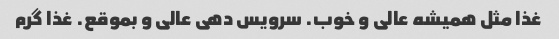
غذا مثل همیشه عالی و خوب. سرویس دهی عالی و بموقع. غذا گرم